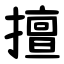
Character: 擅